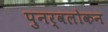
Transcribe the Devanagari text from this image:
पुनर्वलोकन